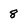
Character: 8